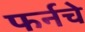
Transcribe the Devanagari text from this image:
फर्नचे